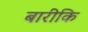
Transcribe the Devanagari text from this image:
बारीकि